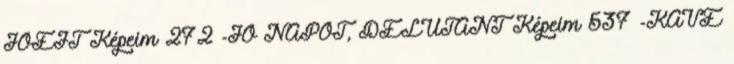
JÓÉJT Képeim 272 -JÓ NAPOT, DÉLUTÁNT Képeim 537 -KÁVÉ